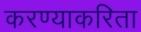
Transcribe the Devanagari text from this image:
करण्‍याकरिता